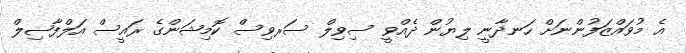
އެ މުވައްޒަފުންނަށް ހަނދާނީ ލިޔުން ދެެއްވީ ސިވިލް ސަރވިސް ކޮމިޝަންގެ ރައީސް އަލްފާޟިލް